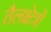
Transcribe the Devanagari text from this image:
तैलक्षेत्रों